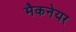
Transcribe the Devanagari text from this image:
मैकनेयर